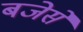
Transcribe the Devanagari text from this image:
बजेसे